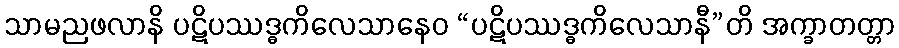
သာမညဖလာနိ ပဋိပဿဒ္ဓကိလေသာနေဝ “ပဋိပဿဒ္ဓကိလေသာနီ”တိ အက္ခာတတ္တာ